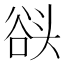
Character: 𰋬